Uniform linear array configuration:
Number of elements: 8
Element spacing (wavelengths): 0.75
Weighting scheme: uniform
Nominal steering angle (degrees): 30
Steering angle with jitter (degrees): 28.42
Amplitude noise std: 0.05
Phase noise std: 0.05

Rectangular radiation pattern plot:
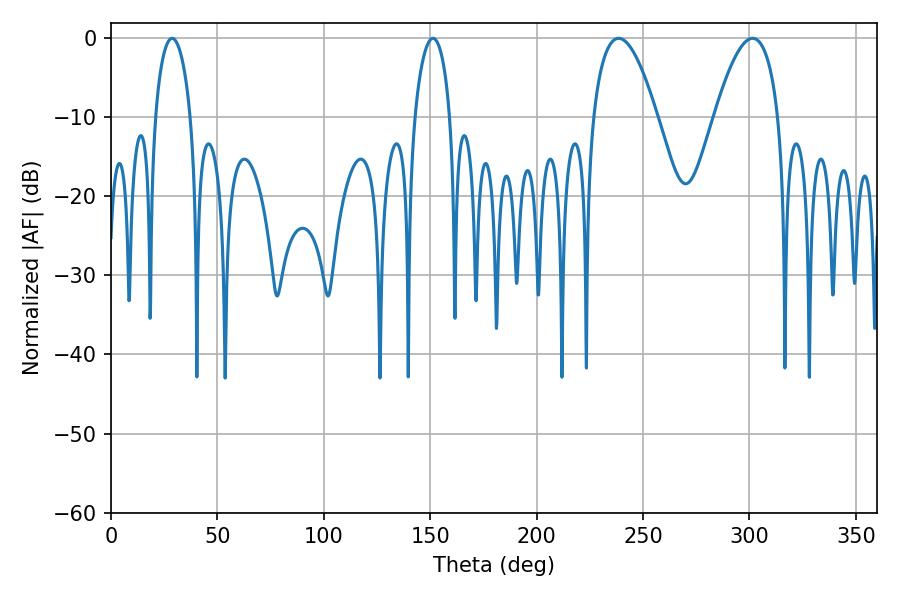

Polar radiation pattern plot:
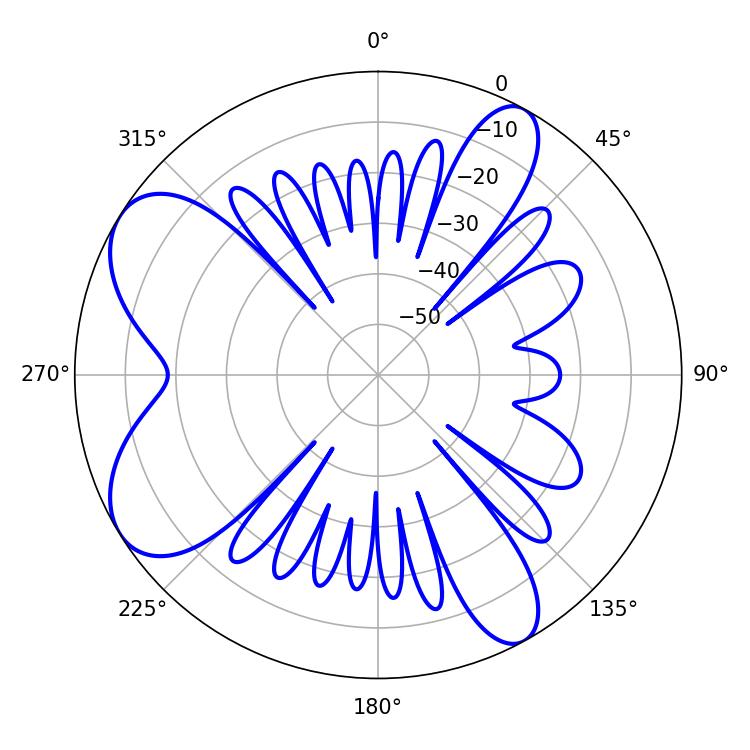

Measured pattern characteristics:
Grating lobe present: TRUE
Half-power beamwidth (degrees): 16.56
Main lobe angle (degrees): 301.5